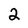
Character: 2